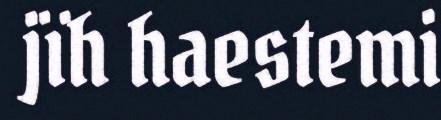
jïh haestemi